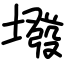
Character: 墢